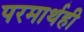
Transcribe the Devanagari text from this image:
परमार्थही